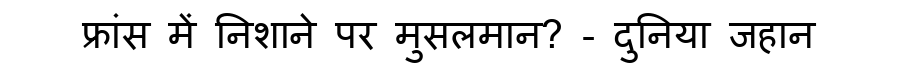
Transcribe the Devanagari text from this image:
फ्रांस में निशाने पर मुसलमान? - दुनिया जहान